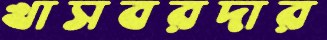
খাসবরদার